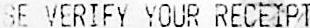
PLEASE VERIFY YOUR RECEIPT